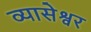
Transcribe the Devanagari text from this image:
व्यासेश्वर